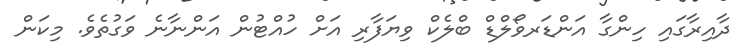
ދާއިރާގައި ހިންގާ އަންޑަރވޯލްޑް ބްލެކް ވިޔަފާރި އަށް ހުއްޓުން އަންނާނެ ވަގުތެވެ. މިކަން